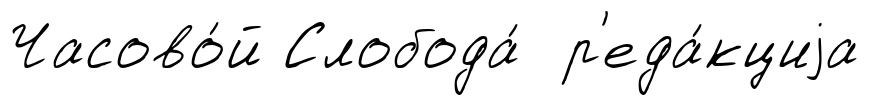
Часово́й Слобода́ р'еда́кциjа